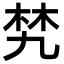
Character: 㭝